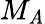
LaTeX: M_{\mathit{A}}